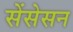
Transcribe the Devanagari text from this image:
सेंसेसन